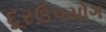
દૂરઉપયોગ